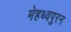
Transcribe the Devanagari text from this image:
मेहथ्वपुरन